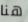
هنا